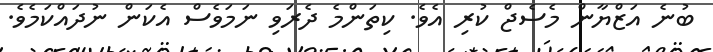
ބުނެ އަޒްޔާން މެސެޖް ކުރި އެވެ. ކިތަންމެ ދެރަވި ނަމަވެސް އެކަން ނުދައްކަމެވެ.